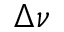
\Delta \nu